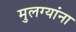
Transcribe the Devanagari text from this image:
मुलग्यांना